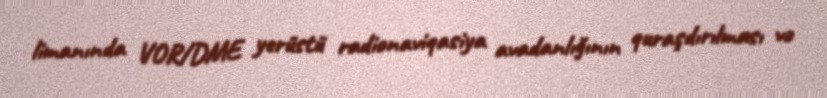
limanında VOR/DME yerüstü radionaviqasiya avadanlığının quraşdırılması və